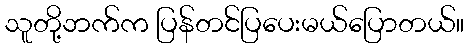
သူတို့ဘက်က ပြန်တင်ပြပေးမယ်ပြောတယ်။